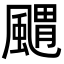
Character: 䬑